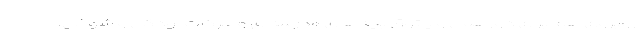
روبروی هم برای دورهمی و پاتوق بچه‌های مدرسه‌ای و حرکات لودگی و شوخی.